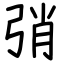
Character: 弰